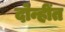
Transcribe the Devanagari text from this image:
दोन्हींत